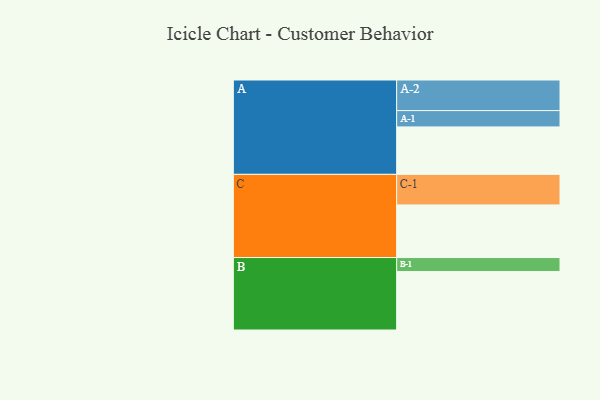
{"axis": {"x": "Segment", "y": "Value"}, "legend": ["", "A", "B", "C"], "data": [{"x": "A", "y": 433, "type": ""}, {"x": "B", "y": 533, "type": ""}, {"x": "C", "y": 480, "type": ""}, {"x": "A-1", "y": 149, "type": "A"}, {"x": "A-2", "y": 279, "type": "A"}, {"x": "B-1", "y": 128, "type": "B"}, {"x": "C-1", "y": 279, "type": "C"}]}